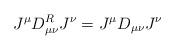
LaTeX: \begin{align*}J^{\mu}D^R_{\mu\nu}J^{\nu}=J^{\mu}D_{\mu\nu}J^{\nu}\end{align*}